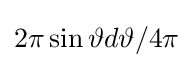
2\pi \sin \vartheta d\vartheta /4\pi